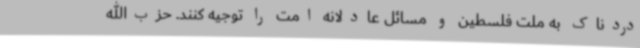
دردناک به ملت فلسطین و مسائل عادلانه امت را توجیه کنند. حزب‌الله